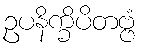
ဥပနိက္ခိပိတဗ္ဗံ